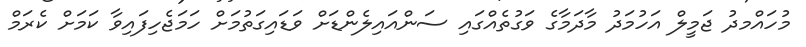
މުހައްމދު ޖަމީލް އަހުމަދު މާދަމާގެ ވަގުތެއްގައި ސަންއައިލެންޑަށް ވަޑައިގަތުމަށް ހަމަޖެހިފައިވާ ކަމަށް ކެރަމް